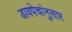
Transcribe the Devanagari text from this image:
डावपेचांनुसार